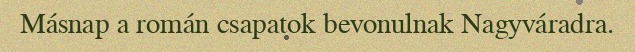
Másnap a román csapatok bevonulnak Nagyváradra.